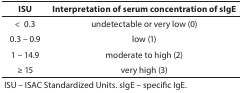
<table><thead><tr><td><b>ISU</b></td><td><b>Interpretation of serum concentration of sIgE</b></td></tr></thead><tbody><tr><td>&lt; 0.3</td><td>undetectable or very low (0)</td></tr><tr><td>0.3 – 0.9</td><td>low (<i>1</i>)</td></tr><tr><td>1 – 14.9</td><td>moderate to high (<i>2</i>)</td></tr><tr><td>≥ 15</td><td>very high (<i>3</i>)</td></tr><tr><td colspan="2">ISU – ISAC Standardized Units. sIgE – specific IgE.</td></tr></tbody></table>